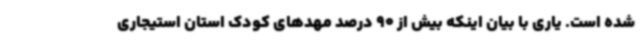
شده است. یاری با بیان اینکه بیش از 90 درصد مهدهای کودک استان استیجاری